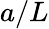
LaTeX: a/L